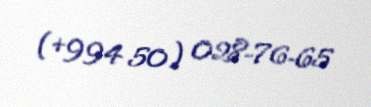
(+994 50) 028-76-65